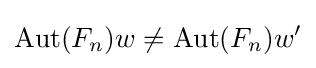
\operatorname {Aut} (F_{n})w\neq \operatorname {Aut} (F_{n})w'